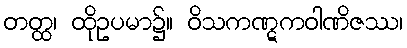
တတ္ထ၊ ထိုဥပမာ၌။ ဝိသကဏ္ဋကဝါဏိဇဿ၊